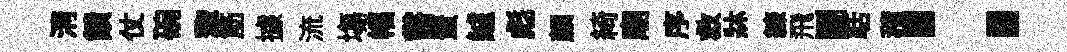
清饋仗碗犂筋據流塲幅嘗蜚鱸彪顏綺廟序救牀練飛鬬聒積：